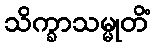
သိက္ခာသမ္မုတိံ